Civil Veterinary Department. United Provinces 1932-42 - 1932-1942
Year: 1932
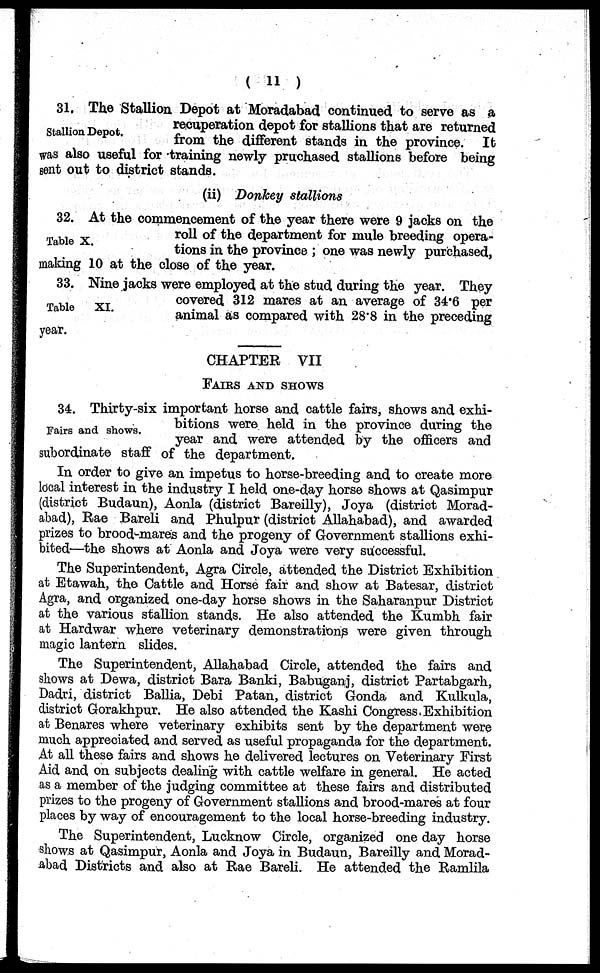
(11)
Stallion Depot.
31. The Stallion Depot at Moradabad continued to serve as a
recuperation depot for stallions that are returned
from the different stands in the province. It
was also useful for training newly pruchased stallions before being
gent out to district stands.
(ii) Donkey stallions
Table X.
32. At the commencement of the year there were 9 jacks on the
roll of the department for mule breeding opera-
tions in the province; one was newly purchased,
making 10 at the close of the year.
Table
XI.
33. Nine jacks were employed at the stud during the year. They
covered 312 mares at an average of 34.6 per
animal as compared with 28.8 in the preceding
year.
CHAPTER VII
FAIRS AND SHOWS
Fairs and shows.
34. Thirty-six important horse and cattle fairs, shows and exhi-
bitions were held in the province during the
year and were attended by the officers and
subordinate staff of the department.
In order to give an impetus to horse-breeding and to create more
local interest in the industry I held one-day horse shows at Qasimpur
(district Budaun), Aonla (district Bareilly), Joya (district Morad-
abad), Rae Bareli and Phulpur (district Allahabad), and awarded
prizes to brood-mares and the progeny of Government stallions exhi-
bited—the shows at Aonla and Joya were very successful.
The Superintendent, Agra Circle, attended the District Exhibition
at Etawah, the Cattle and Horse fair and show at Batesar, district
Agra, and organized one-day horse shows in the Saharanpur District
at the various stallion stands. He also attended the Kumbh fair
at Hardwar where veterinary demonstrations were given through
magic lantern slides.
The Superintendent, Allahabad Circle, attended the fairs and
shows at Dewa, district Bara Banki, Babuganj, district Partabgarh,
Dadri, district Ballia, Debi Patan, district Gonda and Kulkula,
district Gorakhpur. He also attended the Kashi Congress Exhibition
at Benares where veterinary exhibits sent by the department were
much appreciated and served as useful propaganda for the department.
At all these fairs and shows he delivered lectures on Veterinary First
Aid and on subjects dealing with cattle welfare in general. He acted
as a member of the judging committee at these fairs and distributed
prizes to the progeny of Government stallions and brood-mares at four
places by way of encouragement to the local horse-breeding industry.
The Superintendent, Lucknow Circle, organized one day horse
shows at Qasimpur, Aonla and Joya in Budaun, Bareilly and Morad-
abad Districts and also at Rae Bareli. He attended the Ramlila